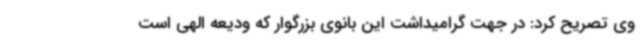
وی تصریح کرد: در جهت گرامیداشت این بانوی بزرگوار که ودیعه الهی است